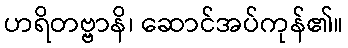
ဟရိတဗ္ဗာနိ၊ ဆောင်အပ်ကုန်၏။